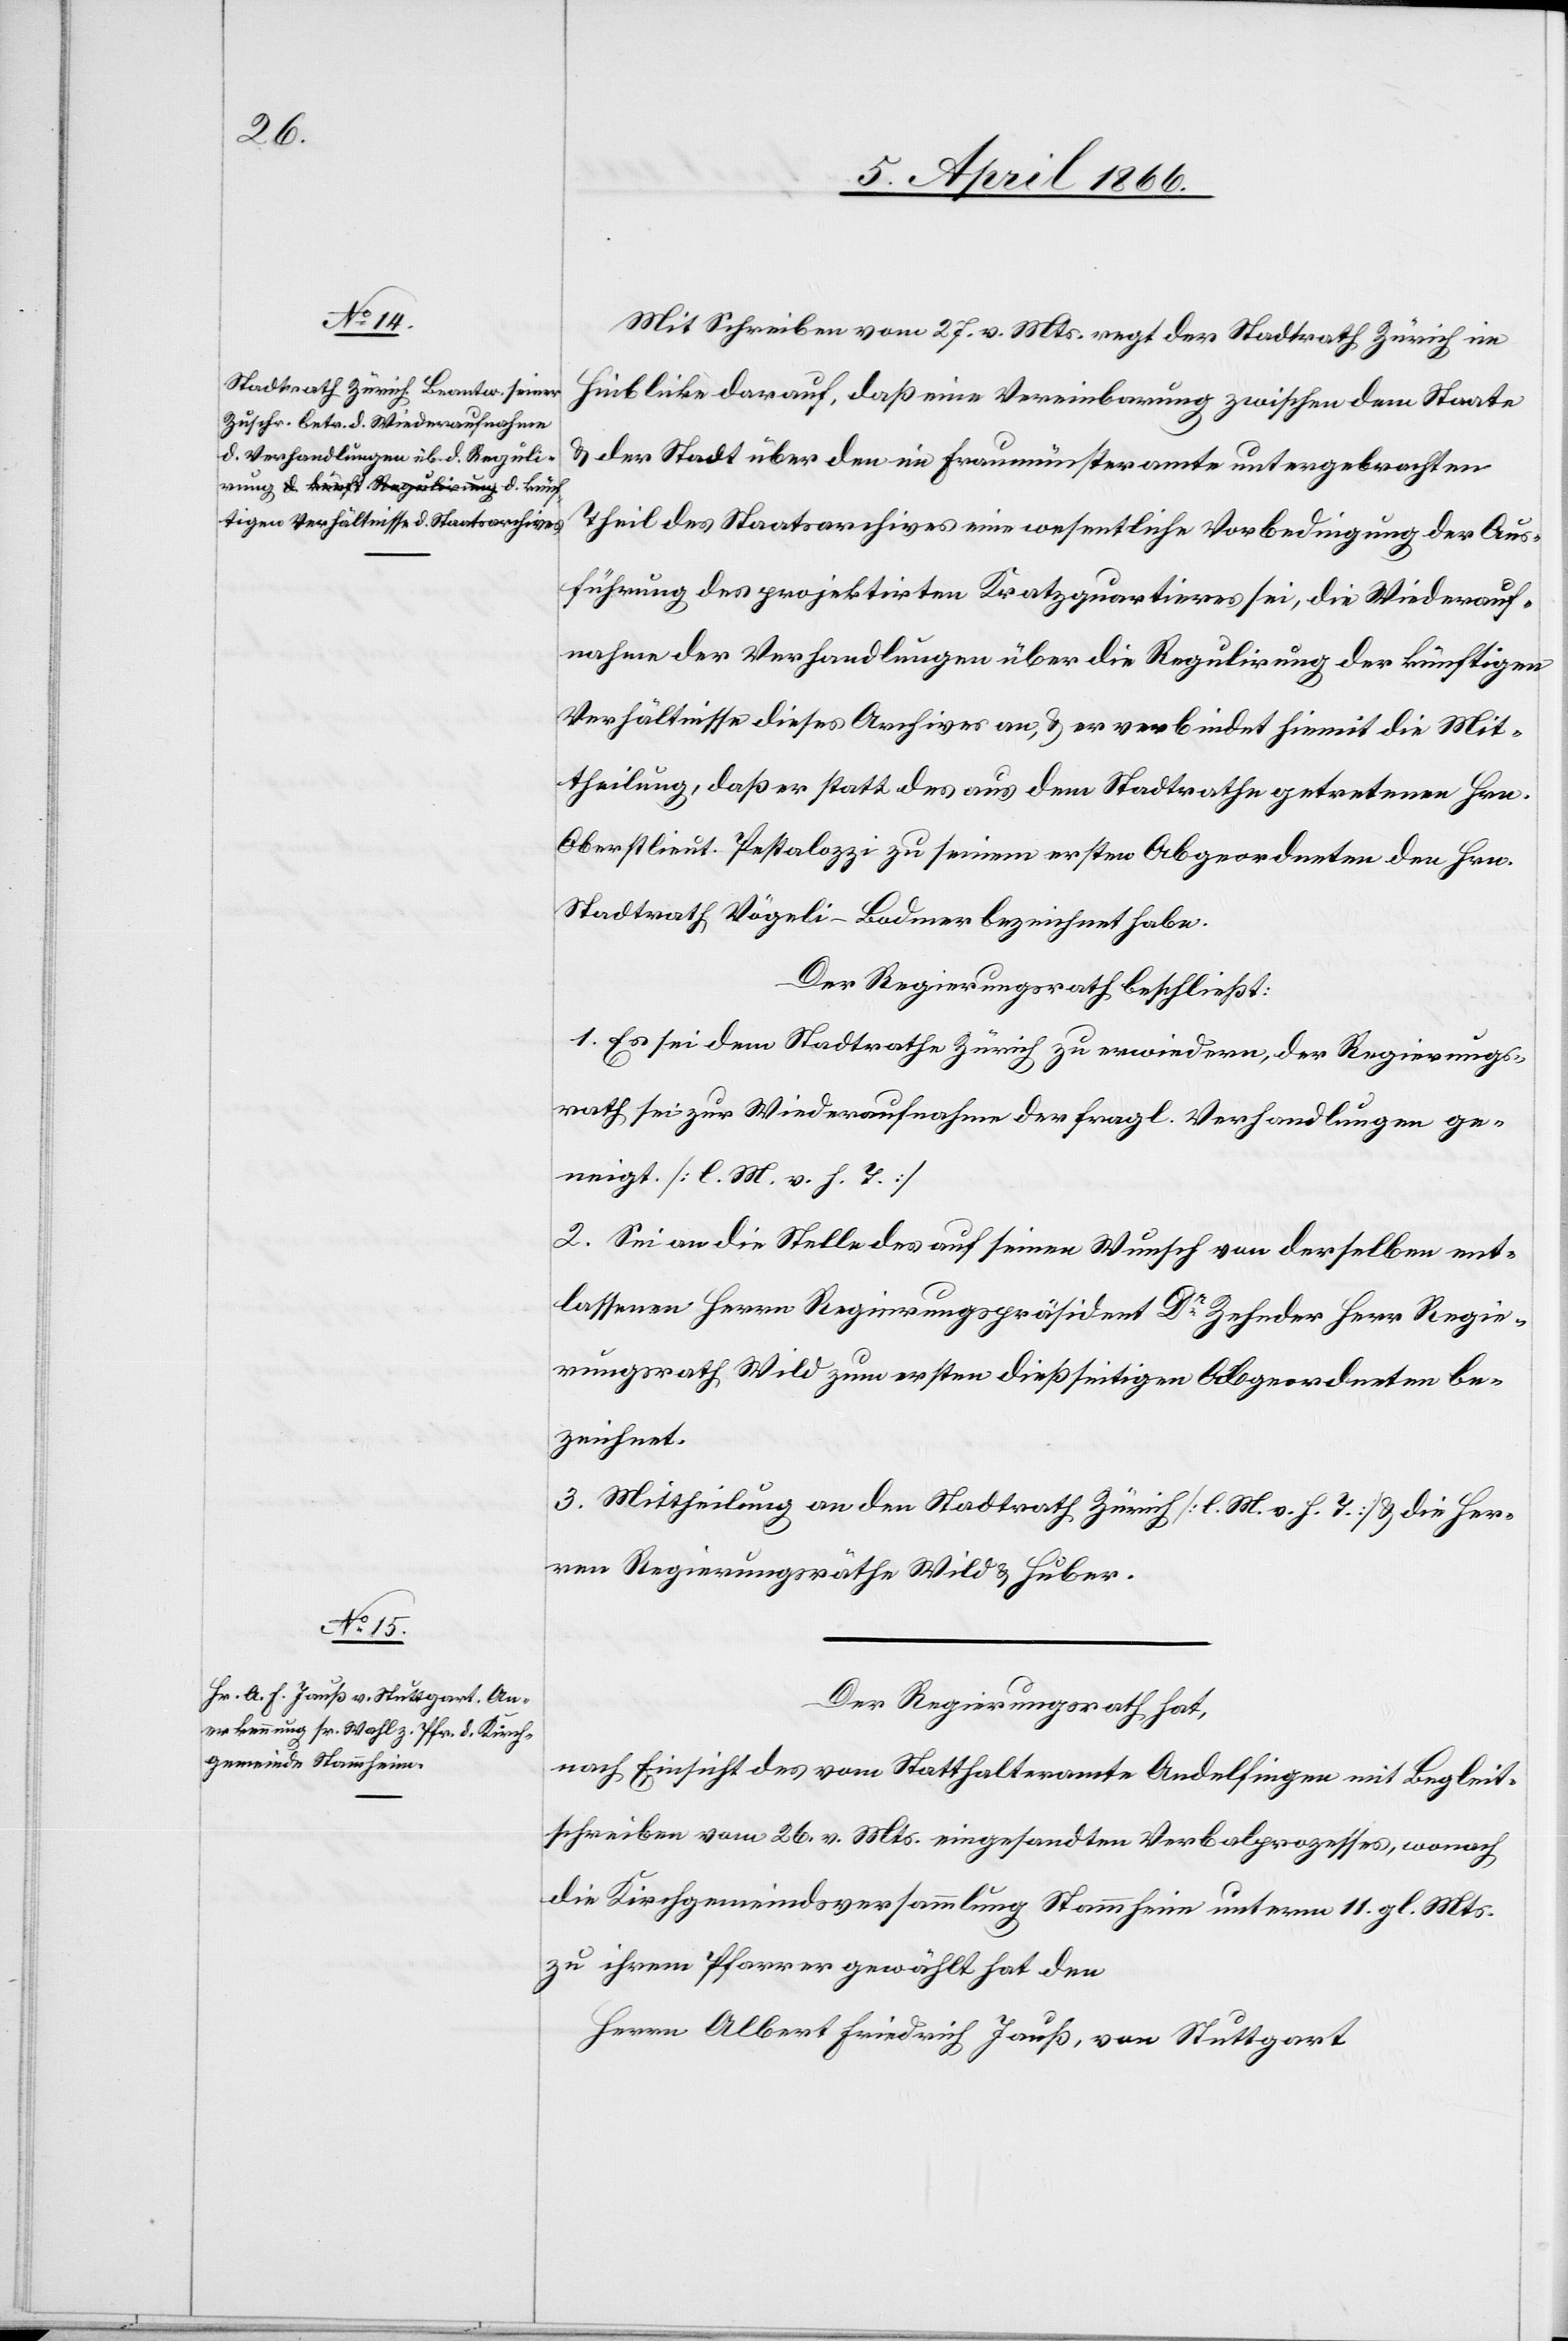
Mit Schreiben vom 27. v. Mts. regt der Stadtrath Zürich im
Hinblick darauf, daß eine Vereinbarung zwischen dem Staate
u. der Stadt über den im Fraumünsteramte untergebrachten
Theil des Staatsarchives eine wesentliche Vorbedingung der Aus¬
führung des projektirten Kratzquartieres sei, die Wiederauf¬
nahme der Verhandlungen über die Regulirung der künftigen
Verhältnisse dieses Archives an, u. er verbindet hiemit die Mit¬
theilung, daß er statt des aus dem Stadtrathe getretenen Hrn.
Oberstlieut. Pestalozzi zu seinem ersten Abgeordneten den Hrn.
Stadtrath Vögeli-Bodmer bezeichnet habe.
Der Regierungsrath beschließt:
1. Es sei dem Stadtrathe Zürich zu erwiedern, der Regierungs¬
rath sei zur Wiederaufnahme der fragl. Verhandlungen ge¬
neigt. [l. M. v. h. T.]
2. Sei an die Stelle des auf seinen Wunsch von derselben ent¬
lassenen Herrn Regierungspräsident Dr. Zehnder Herr Regie¬
rungsrath Wild zum ersten dießseitigen Abgeordneten be¬
zeichnet.
2. Mittheilung an den Stadtrath Zürich [l. M. v. h. T.] u. die Her¬
ren Regierungsräthe Wild u. Huber.
Der Regierungsrath hat,
nach Einsicht des vom Statthalteramte Andelfingen mit Begleit¬
schreiben vom 26. v. Mts. eingesandten Verbalprozesses, wonach
die Kirchgemeindsversammlung Stammheim unterm 11. gl. Mts.
zu ihrem Pfarrer gewählt hat den
Herrn Albert Friedrich Jauß, von Stuttgart